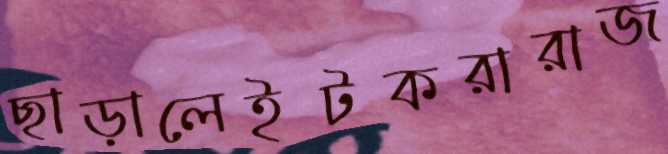
ছাড়ালেইটকরারাজ